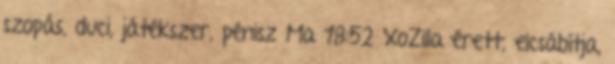
szopás, duci, játékszer, pénisz Ma 18:52 XoZilla érett, elcsábítja,